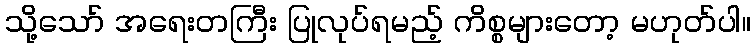
သို့သော် အရေးတကြီး ပြုလုပ်ရမည့် ကိစ္စများတော့ မဟုတ်ပါ။